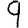
Digit: 9